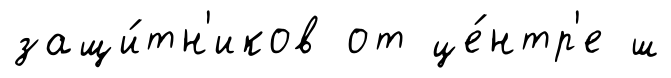
защи́тн'иков от це́нтр'е ш